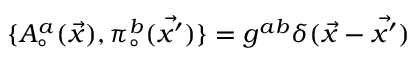
\{ A _ { \circ } ^ { a } ( \vec { x } ) , \pi _ { \circ } ^ { b } ( \vec { x ^ { \prime } } ) \} = g ^ { a b } \delta ( \vec { x } - \vec { x ^ { \prime } } )